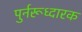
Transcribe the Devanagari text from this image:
पुर्नरूध्दारक